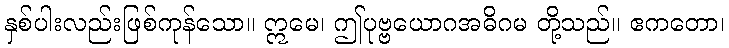
နှစ်ပါးလည်းဖြစ်ကုန်သော။ ဣမေ၊ ဤပုဗ္ဗယောဂအဓိဂမ တို့သည်။ ဧကတော၊